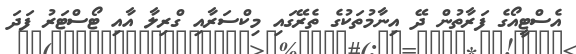
އެސްޓީއޯގެ ފަރާތުން ދޭ އިނާމުތަކުގެ ތެރޭގައި މިކްސަރާއި ގްރިލާ އާއި ޓޯސްޓަރު ފަދަ